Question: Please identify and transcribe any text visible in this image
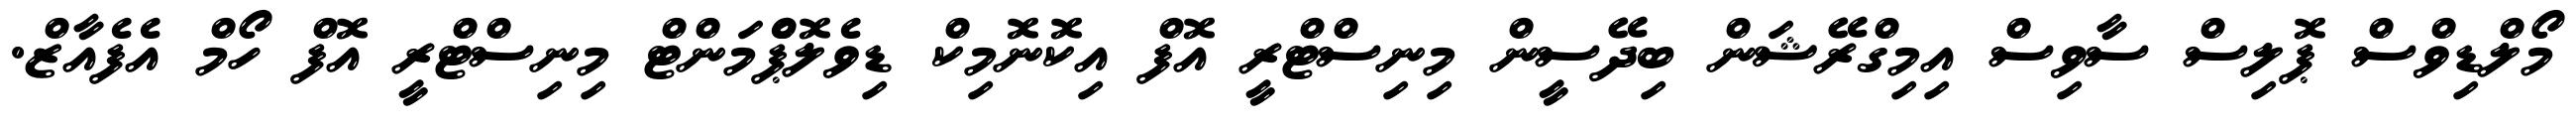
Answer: މޯލްޑިވްސް ޕޮލިސް ސާވިސް އިމިގްރޭޝަން ބިދޭސީން މިނިސްޓްރީ އޮފް އިކޮނޮމިކް ޑިވެލޮޕްެމަންޓް މިނިސްޓްރީ އޮފް ހޯމް އެފެއާޒް.